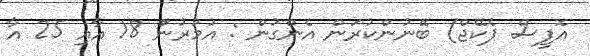
އޮފީސް ޕެކޭޖް) ބޭނުންކުރަން އެންގުން : އުމުރުންް 18 އާއި 25 އާ